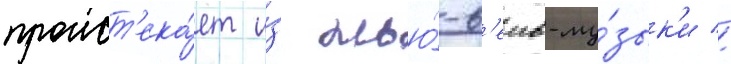
проист'ека́ет и́з нью́-в'еив-му́зык'и //